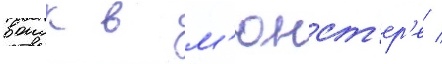
воиск в м'юнст'ер'е /